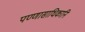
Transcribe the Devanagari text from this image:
पण्णासाधिकानि